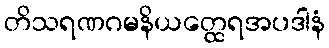
တိသရဏဂမနိယတ္ထေရအပဒါနံ